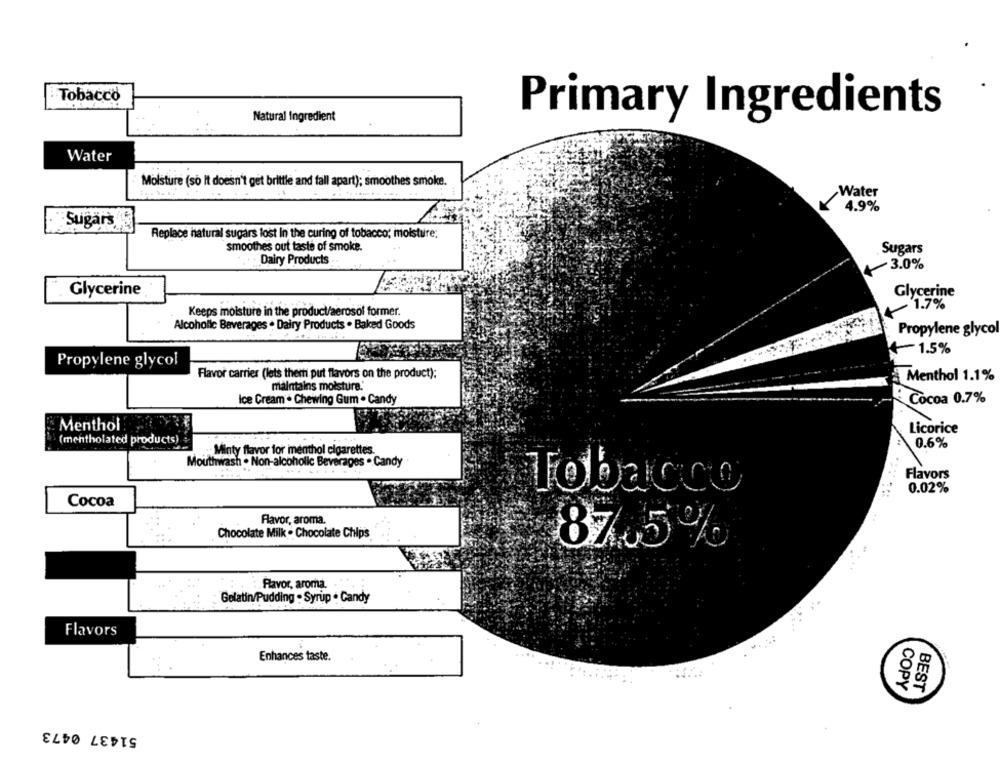
Tobacco
Natural Ingredient
Primary Ingredients
Water
Moisture (so It doesn't get brittle and fall apart); smoothes smoke.
Water
4.9%
Sugars
Replace natural sugars lost In the curing of tobacco; moisture;
smoothes out taste of smoke.
Sugars
Dairy Products
3.0%
Glycerine
Glycerine
1.7%
Keeps moisture in the product/aerosol former.
Alcoholic Beverages . Dairy Products . Baked Goods
Propylene glycol
41.5%
Propylene glycol
Flavor carrier (lets them put flavors on the product):
Menthol 1.1%
maintains moisture."
Ice Cream . Chewing Gum . Candy
Cocoa 0.7%
Menthol
Licorice
(mentholated products)
0.6%
Minty flavor for menthol cigarettes.
Mouthwash . Non-alcoholic Beverages . Candy
Flavors
0.02%
Tobacco
Cocoa
Flavor, aroma.
Chocolate Milk . Chocolate Chips
87.5%
Favor, aroma.
Gelatin/Pudding . Syrup . Candy
Flavors
Enhances taste.
00
COPY
BEST
51437 0473